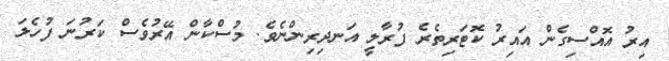
އިރު އޮއްސިގެން އައިރު ކޮޓަރިތެރެ ފުރާލީ އަނދިރިންނެވެ. މުސްކާން އޭރުވެސް ކަރުނަ ފުހެލަ